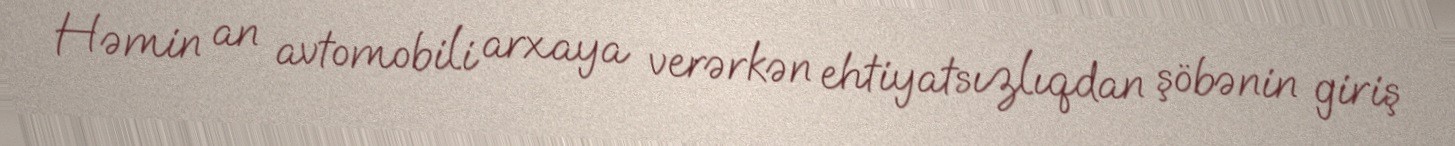
Həmin an avtomobili arxaya verərkən ehtiyatsızlıqdan şöbənin giriş